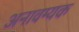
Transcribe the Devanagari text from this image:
अनावम्यक